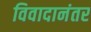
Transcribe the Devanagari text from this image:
विवादानंतर